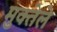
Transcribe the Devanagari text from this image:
मुक्तेले